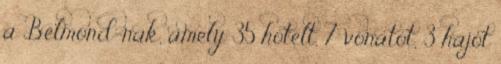
a Belmond-nak, amely 35 hotelt, 7 vonatot, 3 hajót